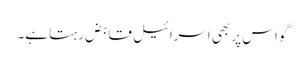
گو اس پر بھی اسرائیل قابض رہتا ہے۔